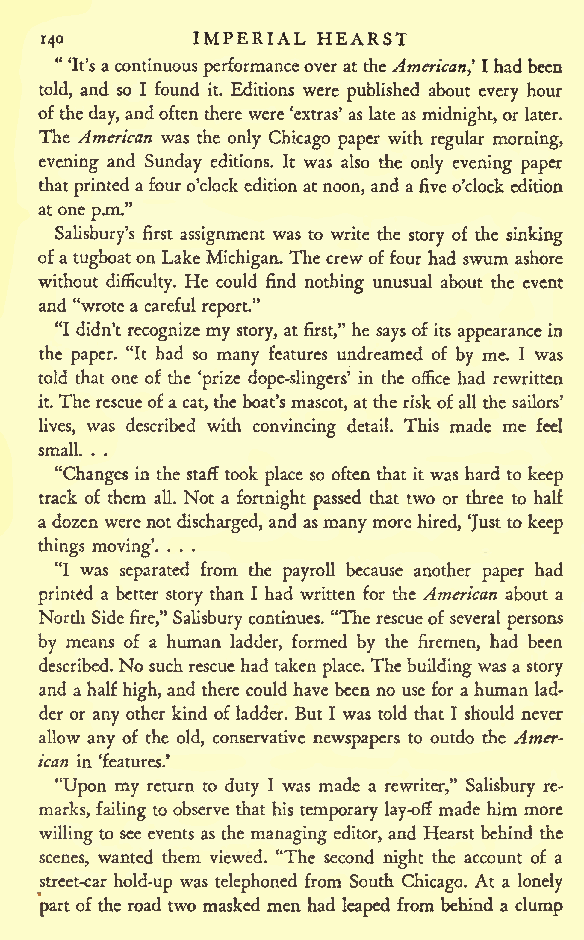
IMPERIAL HEARST
 140
 "
 'It'sacontinuousperformanceoveratthe American? Ihadbeen
 told, and so I found it. Editions were published about every hour
 oftheday,andoftentherewere'extras' as late as midnight,or later.
 The American was the only Chicago paper with regular morning,
 evening and Sunday editions. It was also the only evening paper
 thatprinted afouro'clockeditionatnoon, and afiveo'clock edition
 atone
 p.m."
 Salisbury's first assignment was to write the story of the sinking
 ofa tugboaton Lake Michigan. The crewoffour had swum ashore
 without difficulty. He could find nothing unusual about the event
 and "wrotea careful report"
 "I didn'trecognizemy story, at first," he says of its appearancein
 the paper. "It had so many features undreamed of by me. I was
 told that one of" the 'prize dope-slingers' in the office had rewritten
 it.The rescueofacat, the boat's mascot, atthe risk ofall the sailors'
 lives, was described with convincing detail. This made me feel
 small. . .
 "Changes in the staff took place so often that it was hard to keep
 track of them all. Not a fortnight passed that two or three to half
 a dozen werenotdischarged,and asmanymore hired, 'Justtokeep
 things moving'. . . .
 "I was separated from the payroll because another paper had
 printed a better story than I had written for the American about a
 North Sidefire," Salisbury continues. "Therescueof several persons
 by means of a human ladder, formed by the firemen, had been
 described.No suchrescuehad taken place.The building was a story
 and a halfhigh,and there could have been no use for a human lad-
 der or any other kind of ladder. But I was told that I should never
 allow any of the old, conservative newspapers to outdo the Amer-
 ican in 'features.'
 "Upon my return to duty I was made a rewriter," Salisbury re-
 marks, failingto observe that his temporary lay-off made him more
 willing to see events as the managing editor, and Hearst behind the
 scenes, wanted them viewed. "The second night the account of a
 street-car hold-up was telephoned from South Chicago. At a lonely
 part of the road two masked men had leaped from behind a clump